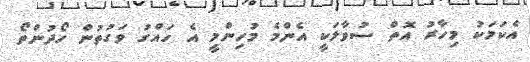
އެކަމަކު މިހާރު އޮތް ސުވާލަކީ އެންމެ މުހިންމީ އެ ހައްގު ވަގުތުންް ހޯދުންތޯ